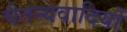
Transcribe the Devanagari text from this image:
चैतन्यवादियों